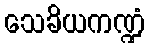
သေခိယကဏ္ဍံ